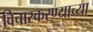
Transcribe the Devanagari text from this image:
विचारकरण्याच्या